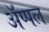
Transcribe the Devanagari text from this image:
अॅप्पल